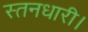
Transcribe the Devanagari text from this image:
स्तनधारी।